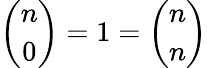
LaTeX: {\binom{n}{0}}=1={\binom{n}{n}}